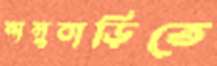
নানুবাড়িতে